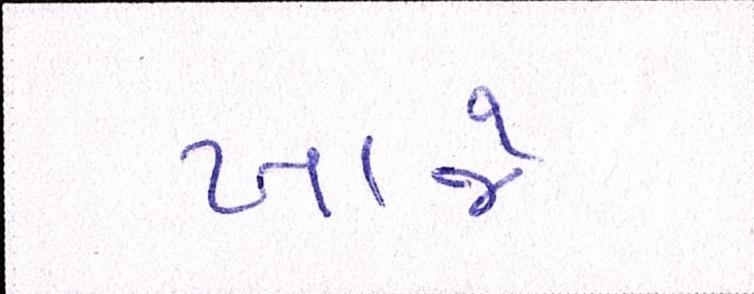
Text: ખાજે